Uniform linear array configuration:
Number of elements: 8
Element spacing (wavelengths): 0.25
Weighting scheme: uniform
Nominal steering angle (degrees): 15
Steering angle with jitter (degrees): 13.441
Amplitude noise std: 0.05
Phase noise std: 0.05

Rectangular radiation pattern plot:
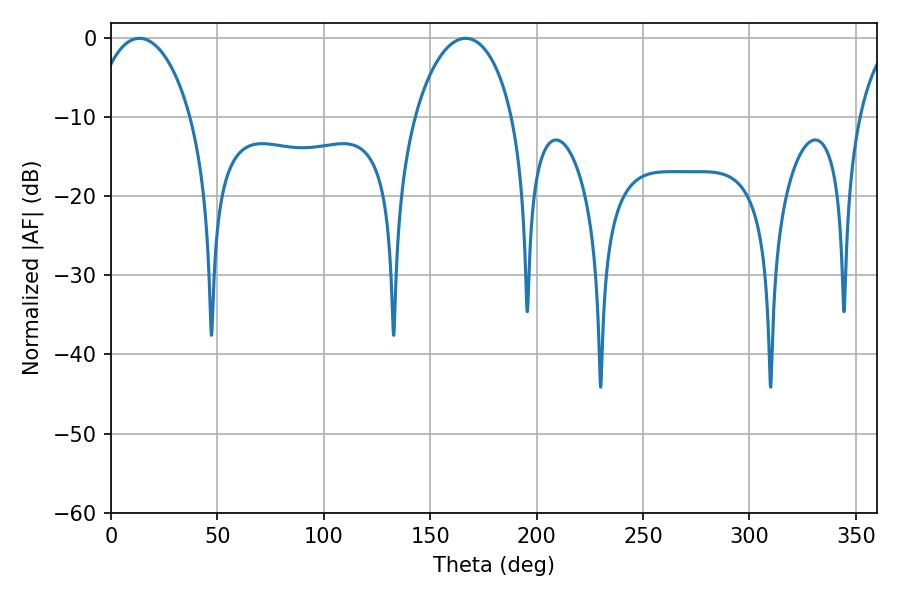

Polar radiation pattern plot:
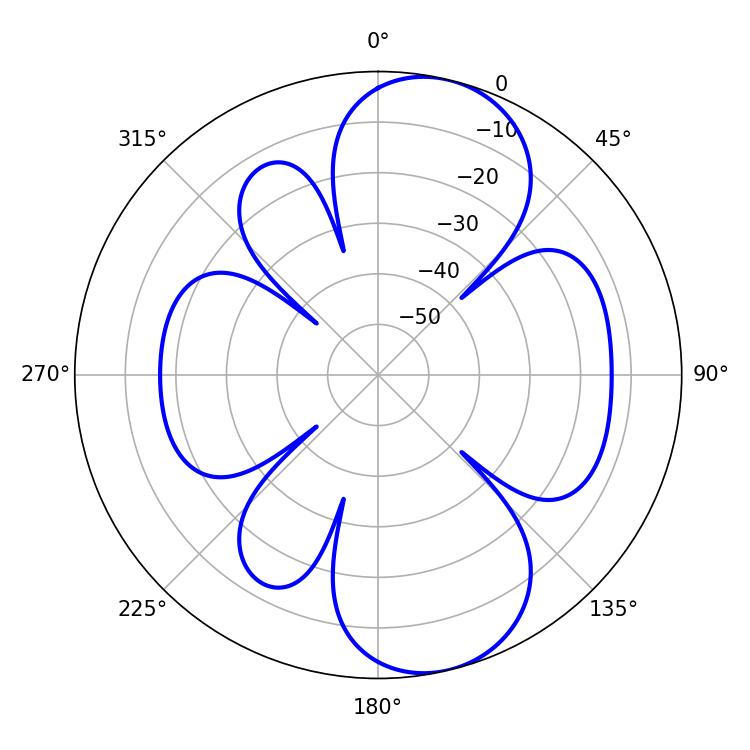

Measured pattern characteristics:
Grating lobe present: FALSE
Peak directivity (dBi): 9.167
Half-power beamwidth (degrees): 26.46
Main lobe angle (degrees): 13.32